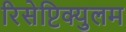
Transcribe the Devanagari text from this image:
रिसेप्टिक्युलम